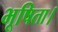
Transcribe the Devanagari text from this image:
भूषिता।